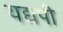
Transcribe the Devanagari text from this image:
यद्यपी